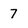
Character: 7